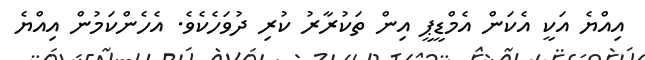
އިއްޔެ އަކީ އެކަން އެމްޑީޕީ އިން ތަކުރާރު ކުރި ދުވަހެކެވެ. އެހެންކަމުން އިއްޔެ